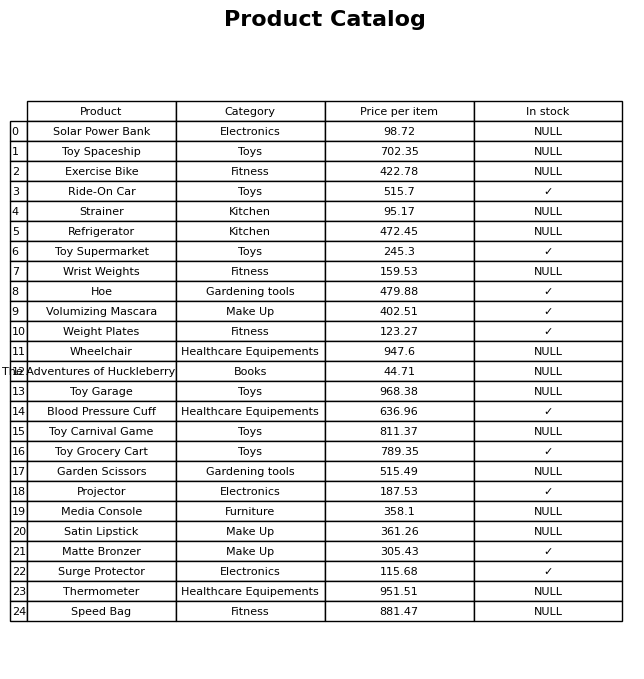
question: What is the price for Weight Plates?
answer: The price of Weight Plates is 123.27.